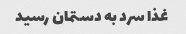
غذا سرد به دستمان رسید